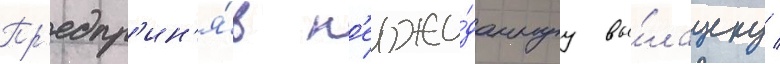
Пр'едпр'ин'я́в н'еожи́даннуу вы́лазку /